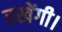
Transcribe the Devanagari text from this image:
रखेंगी।